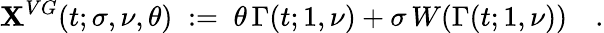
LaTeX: \mathbf{X}^{VG}(t;\sigma,\nu,\theta)\; :=\; \theta\, \Gamma(t;1,\nu)+\sigma\, W(\Gamma(t;1,\nu))\quad.